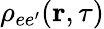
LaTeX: \rho_{ee^{\prime}}(\textbf{r},\tau)